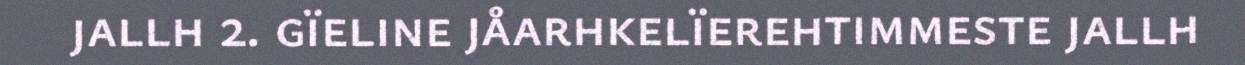
jallh 2. gïeline jåarhkelïerehtimmeste jallh